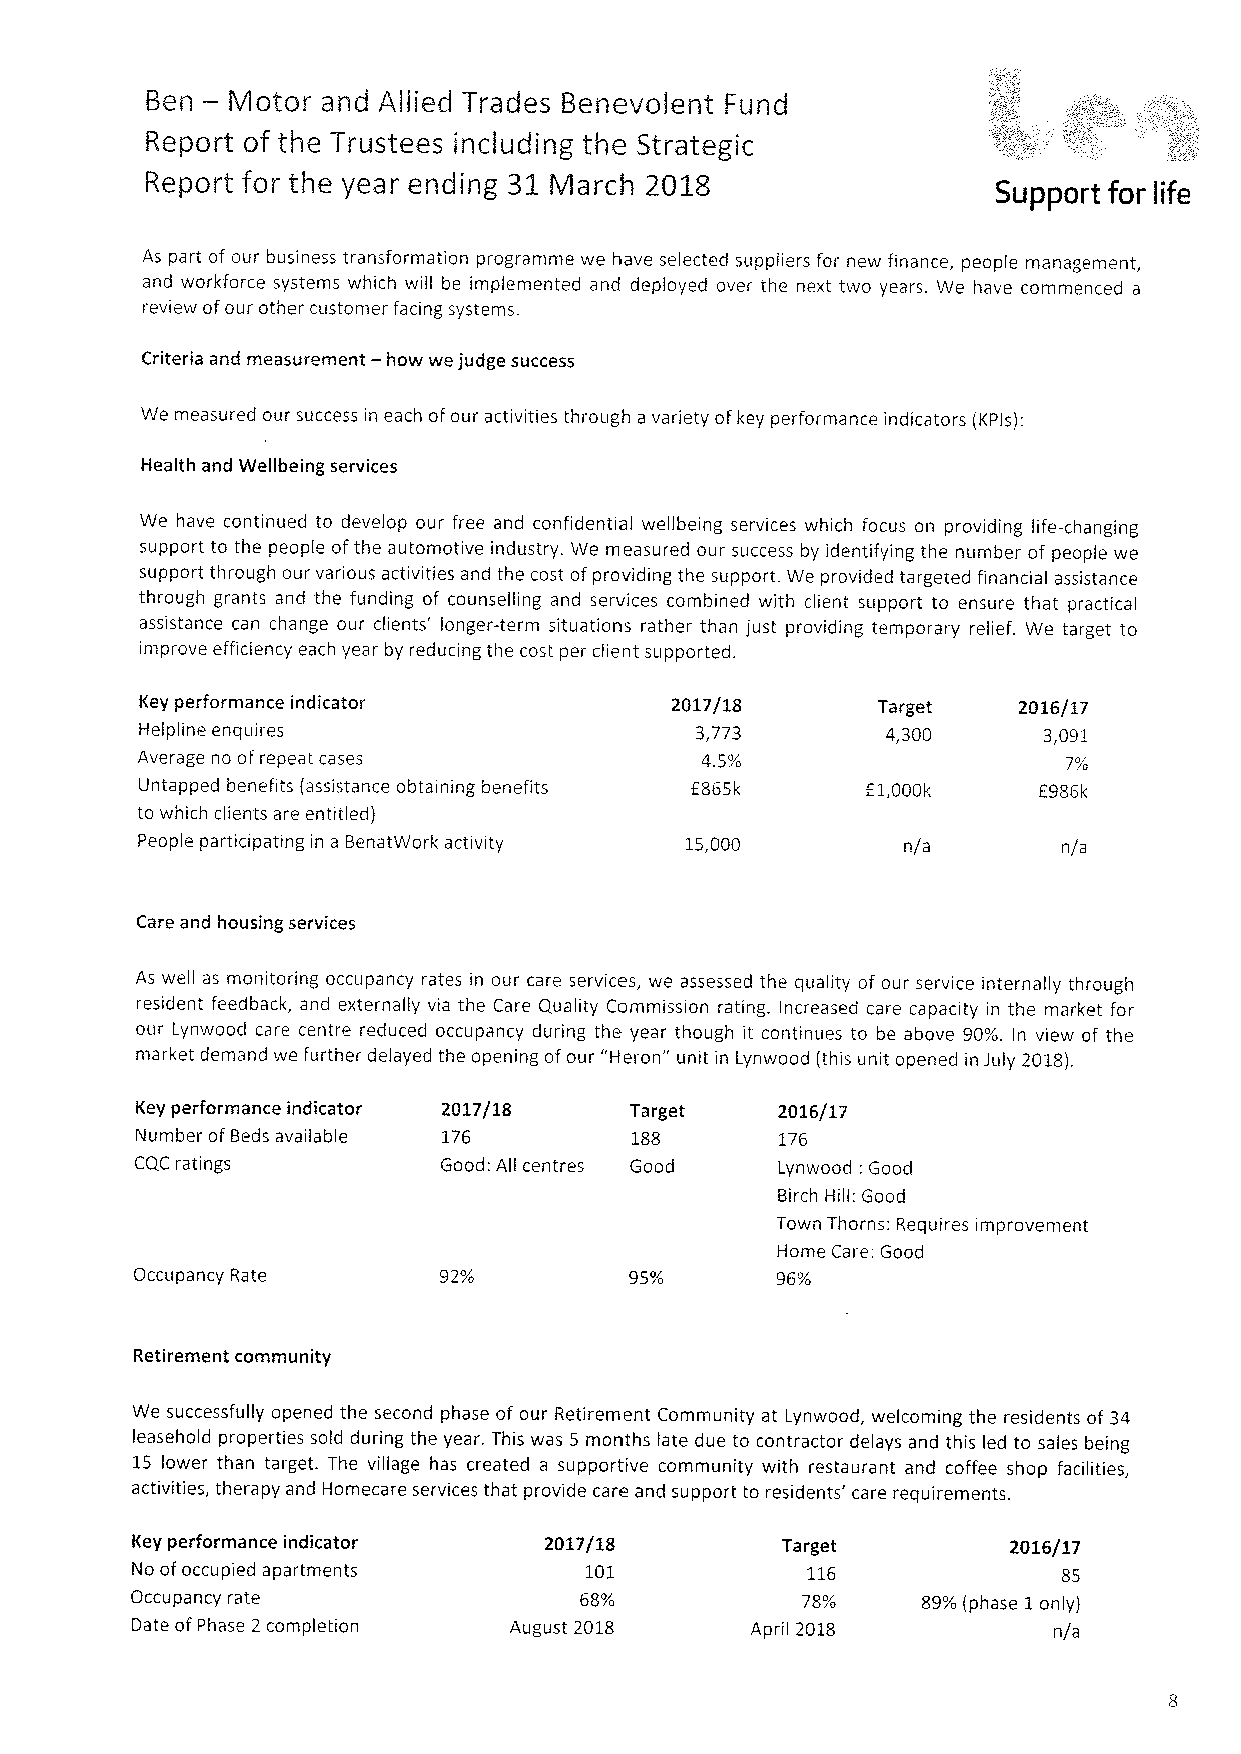
—
 Ben  Motor and Allied Trades Benevolent Fund
 Report of the Trustees including the Strategic
 Report for the year ending 31 March 2018
 Support for life
 As part of our business transformation programme we have selected suppliers for new finance, people management,
 and workforce systems which will be implemented and deployed over the next two years. We have commenced a
 review ofour other customer facing systems.
 Criteria and measurement — how we judge success
 We measured our success in each ofour activities through a variety ofkey performance indicators (KPls):
 Health and Wellbeing services
 We have continued to develop our free and confidential wellbeing services which focus on providing life-changing
 support to the people ofthe automotive industry. We measured our success by identifying the number of people we
 support through our various activities and the cost ofproviding the support. We provided targeted financial assistance
 through grants and the funding of counselling and services combined with client support to ensure that practical
 assistance can change our clients' longer-term situations rather than just providing temporary relief. We target to
 improve efficiency each year by reducing the cost per client supported.
 Key performance indicator          2017/18       Target   2016/17
 Helpline enquires                    3,773        4,300     3,091
 Average no of repeat cases           4.5%                     7%
 Untapped benefits (assistance obtaining benefits f865k E1,000I& E986k
 to which clients are entitled)
 People participating in a BenatWork activity 15,000 n/a      n/a
 Care and housing services
 As well as monitoring occupancy rates in our care services, we assessed the quality of our service internally through
 resident feedback, and externally via the Care Quality Commission rating. Increased care capacity in the market for
 our Lynwood care centre reduced occupancy during the year though it continues to be above 90%. In view of the
 market demand we further delayed the opening ofour "Heron" unit in Lynwood (this unit opened in July 2018).
 Key performance indicator 2017/18 Target  2016/17
 Number of Beds available 176     188       176
 CQC ratings         Good: All centres Good Lynwood: Good
 Birch Hill: Good
 Town Thorns: Requires improvement
 Home Care: Good
 Occupancy Rate      92%          95%      96%
 Retirement community
 We successfully opened the second phase of our Retirement Community at Lynwood, welcoming the residents of 34
 leasehold properties sold during the year. This was 5 months late due to contractor delays and this led to sales being
 15 lower than target. The village has created a supportive community with restaurant and coffee shop facilities,
 activities, therapy and Homecare services that provide care and support to residents' care requirements.
 Key performance indicator  2017/18         Target         2016/17
 No ofoccupied apartments      101           116              85
 Occupancy rate               68%            78%     89%(phase 1only)
 Date ofPhase 2 completion August 2018    April 2018          n/a